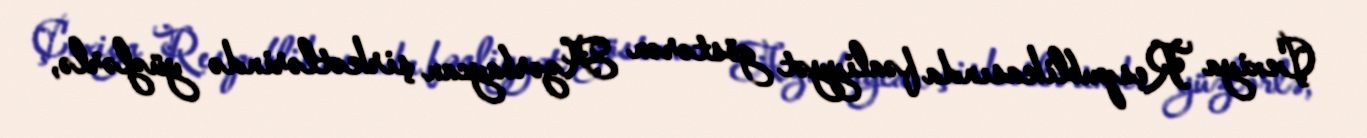
Çexiya Respublikasında fəaliyyət göstərən Azərbaycan şirkətlərində yüzlərlə,